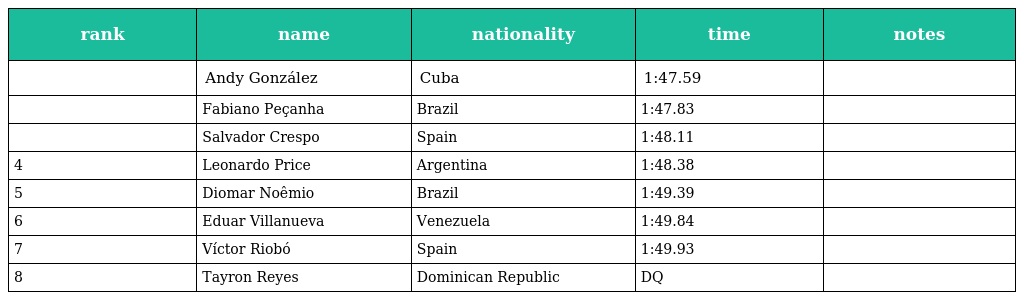
| rank | name | nationality | time | notes |
 | --- | --- | --- | --- | --- |
 |  | Andy González | Cuba | 1:47.59 |  |
 |  | Fabiano Peçanha | Brazil | 1:47.83 |  |
 |  | Salvador Crespo | Spain | 1:48.11 |  |
 | 4 | Leonardo Price | Argentina | 1:48.38 |  |
 | 5 | Diomar Noêmio | Brazil | 1:49.39 |  |
 | 6 | Eduar Villanueva | Venezuela | 1:49.84 |  |
 | 7 | Víctor Riobó | Spain | 1:49.93 |  |
 | 8 | Tayron Reyes | Dominican Republic | DQ |  |